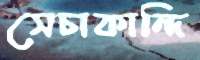
সেচাকান্দি